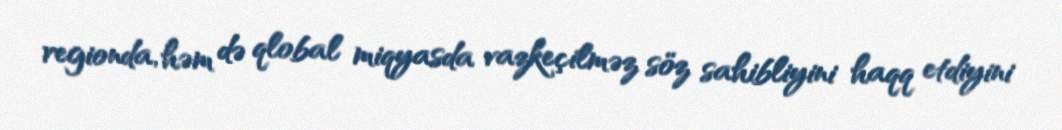
regionda, həm də qlobal miqyasda vazkeçilməz söz sahibliyini haqq etdiyini